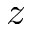
z